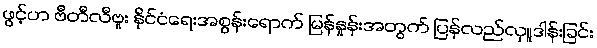
ဖွင့်ဟ ဗီတီလီဗူး နိုင်ငံရေးအစွန်းရောက် မြန်နှုန်းအတွက် ပြန်လည်လှူဒါန်းခြင်း